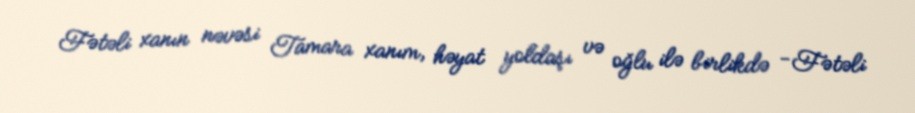
Fətəli xanın nəvəsi Tamara xanım, həyat yoldaşı və oğlu ilə birlikdə -Fətəli